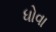
ધોવા